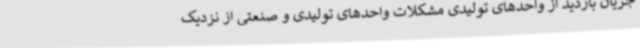
جریان بازدید از واحدهای تولیدی مشکلات واحدهای تولیدی و صنعتی از نزدیک